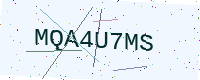
Text: MQA4U7MS